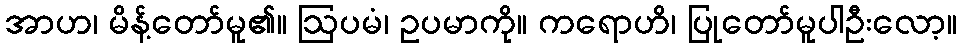
အာဟ၊ မိန့်တော်မူ၏။ ဩပမံ၊ ဥပမာကို။ ကရောဟိ၊ ပြုတော်မူပါဦးလော့။